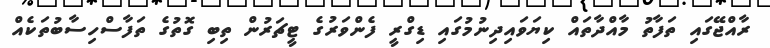
ރާއްޖޭގައި ތަފާތު މާއްދާތައް ކިޔަވައިދިނުމުގައި ޑިގްރީ ފެންވަރުގެ ޓީޗަރުން ތިބި ގޮތުގެ ތަފާސްހިސާބުތަކެއް